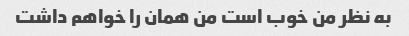
به نظر من خوب است من همان را خواهم داشت